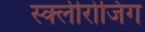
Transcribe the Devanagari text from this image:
स्क्लीरोजिंग